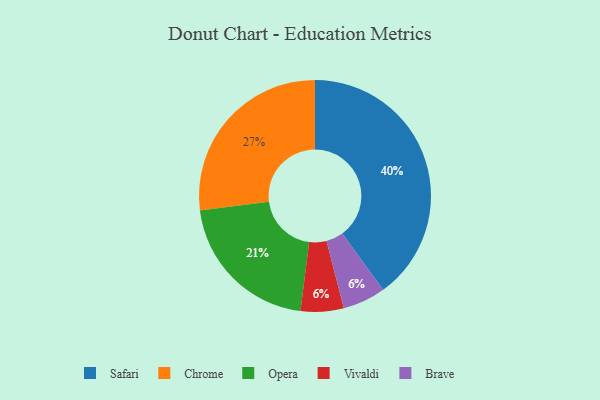
{"axis": {"x": "Category", "y": "Percentage"}, "legend": ["Brave", "Chrome", "Opera", "Safari", "Vivaldi"], "data": [{"x": "Opera", "y": 21, "type": "Opera"}, {"x": "Chrome", "y": 27, "type": "Chrome"}, {"x": "Safari", "y": 40, "type": "Safari"}, {"x": "Vivaldi", "y": 6, "type": "Vivaldi"}, {"x": "Brave", "y": 6, "type": "Brave"}]}